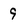
Character: 9